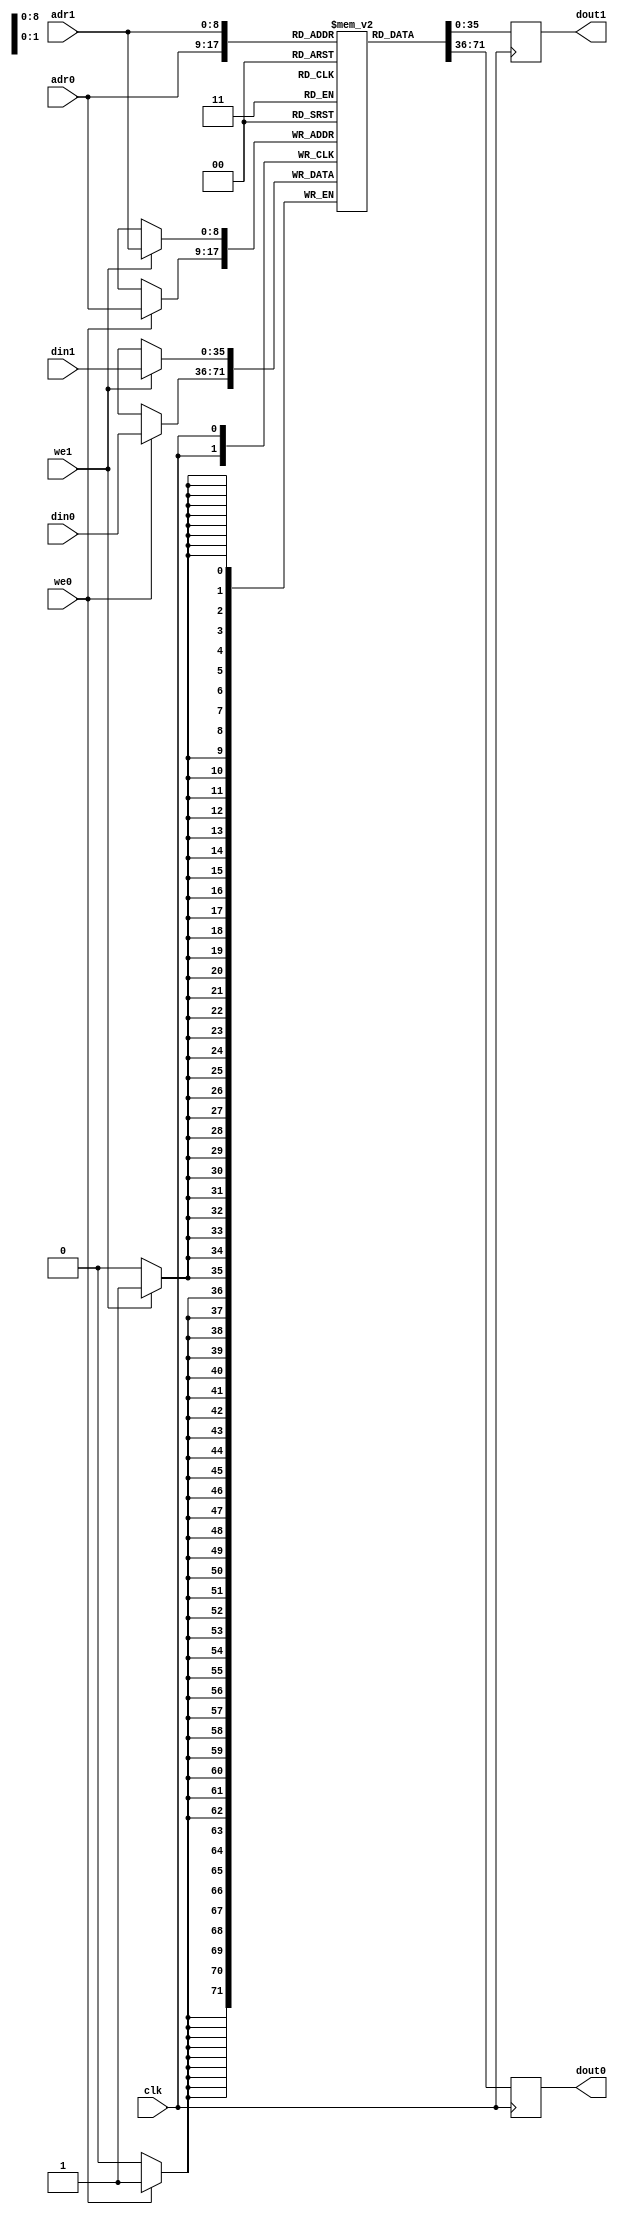

//----------------------------------------------------------------------------
// Wishbone DDR Controller
// 
// (c) Joerg Bornschein (<jb@capsec.org>)
//----------------------------------------------------------------------------

module dpram
#(
	parameter adr_width = 9,
	parameter dat_width = 36
) (
	input                       clk,
	// Port 0
	input      [adr_width-1:0]  adr0,
	input                       we0,
	input      [dat_width-1:0]  din0,
	output reg [dat_width-1:0]  dout0,
	// Port 1
	input      [adr_width-1:0]  adr1,
	input                       we1,
	input      [dat_width-1:0]  din1,
	output reg [dat_width-1:0]  dout1
);

parameter depth = (1 << adr_width);

// actual ram 
reg [dat_width-1:0] ram [0:depth-1];

//------------------------------------------------------------------
// Syncronous Dual Port RAM Access
//------------------------------------------------------------------
always @(posedge clk)
begin
	// Frst port
	if (we0) 
		ram[adr0] <= din0;

	dout0 <= ram[adr0];
end


always @(posedge clk)
begin
	// Second port
	if (we1) 
		ram[adr1] <= din1;

	dout1 <= ram[adr1];
end

//------------------------------------------------------------------
// Initialize content to Zero
//------------------------------------------------------------------
integer i;

initial 
begin
	for(i=0; i<depth; i=i+1) 
		ram[i] <= 'b0;
end

endmodule